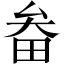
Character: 畚